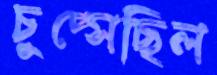
চুপ্‌সেছিল